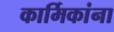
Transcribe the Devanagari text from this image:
कार्मिकांना